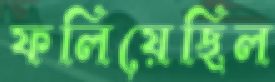
ফলিয়েছিল